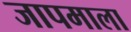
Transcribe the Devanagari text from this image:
जापमाला